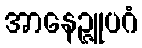
အာနေဉ္ဇူပဂံ